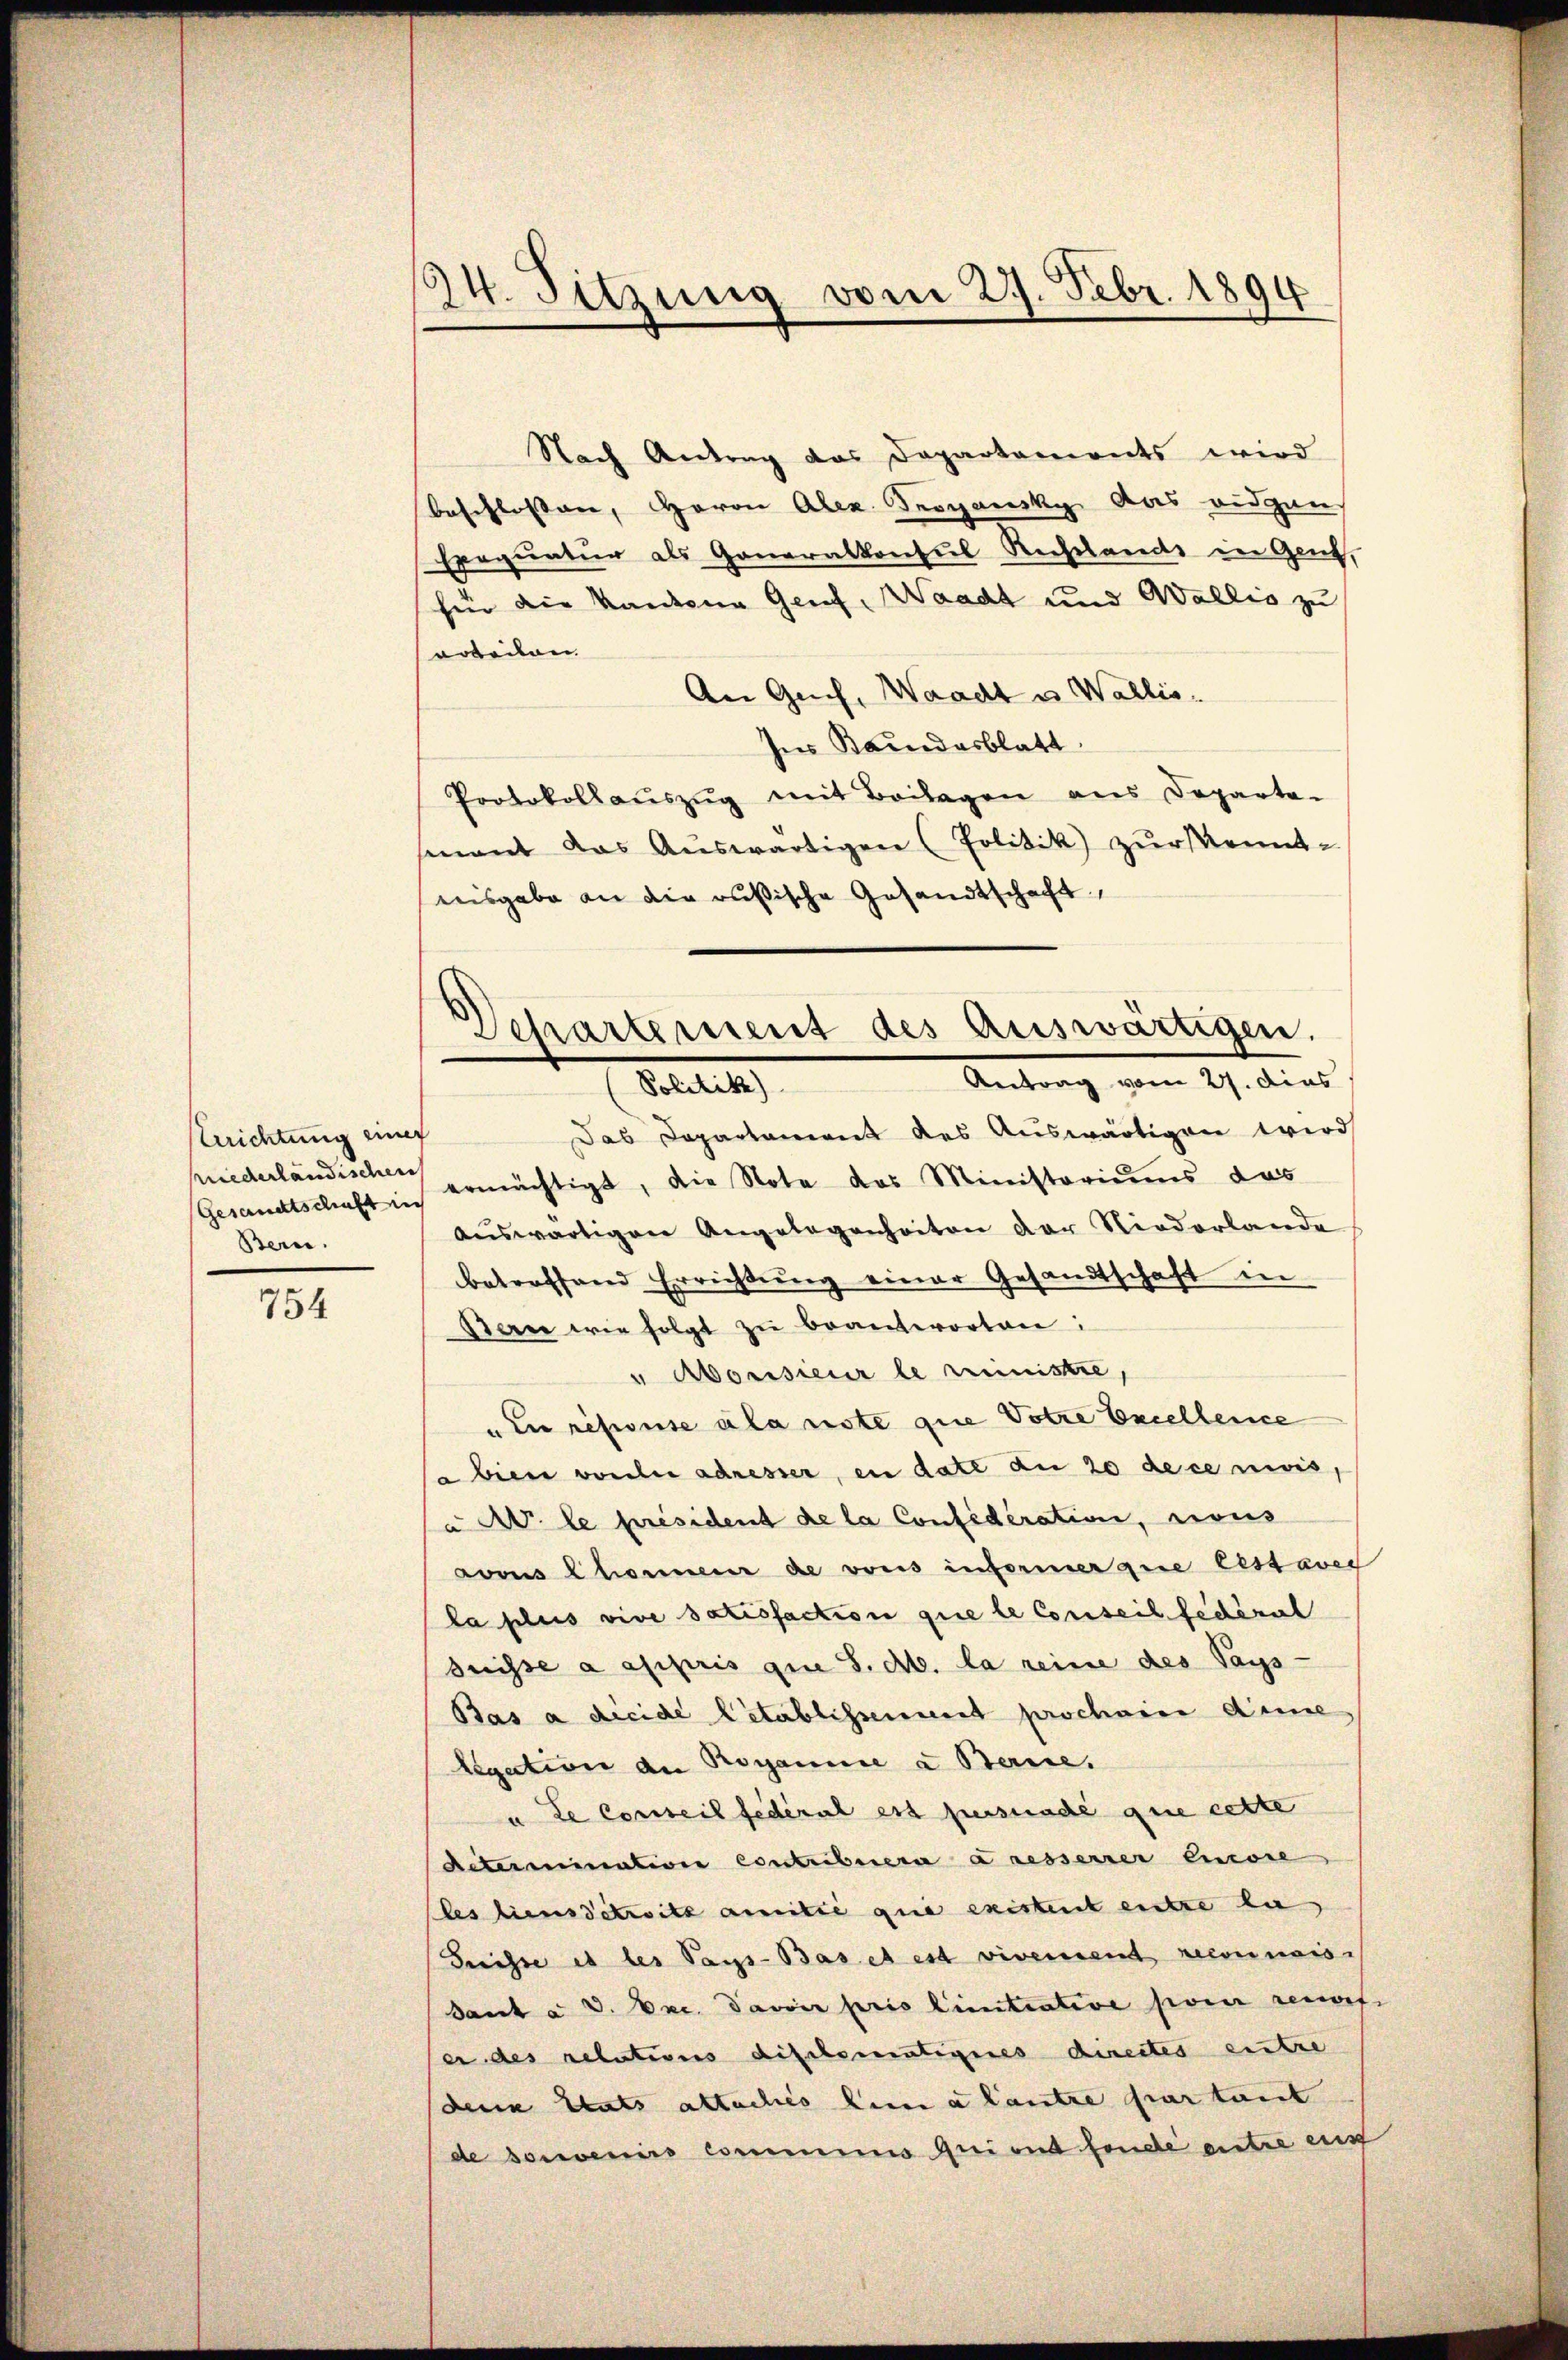
Errichtung einer
niederländischen
Bern.

754

24. Sitzung vom 27. Febr. 1894

Departement des Auswärtigen.
Antrag vom 29. dies
Statute

Nach Antrag das Departements wird
beschlossen, Herrn Alex. Vergansky das eidgen
Exequatur als Generalkonsul Rechtlands in Gent,
für die Kantone Genf, Waadt und Wallis zu
arbeiten |
An Gech, Waadt u. Wallis.
Ins Bandesblatt
Protokollaŭszŭg mit Beilagen aus Departe-
mant das Aŭswärtigen (Politik zur Kennt-
eisgabe an die rußische Gesandtschaft,
Das Departement des Auswärtigen wird
Gesandtschaft ermächtigt, die Nota das Ministoriums das
aŭswärtigen Angelegenheiten der Niederlande
betreffend Errichtung einer Gesandtschaft in
Stern wie folgt zŭ beantworten:
" Aborisieur le ministre,
"In résionse ala note que Votre Excellence
 bien vorde adresser, en date an 20 de ce nivis,
a a le président de la Considération, nous
vons Chonneur de vons informer que lestaver
la plus vive satisfaction que le Conseil fédéral
Suisse a asipris que s. Ab. la reine des Pays -
Bas a dicide Citablissement prochen Anne
Legation an Roganne u Berice.
u. Le conseil fédéral est pensuadé que cette
Aetermination contribuera a resserrer Encore
les bienstreitz anmitte que existent entre la
Triesse et les Pays-Bas et est vivement reconnais
dant à v. Exc. Davoir pris limitiative pour renof
er des relations dischematigeres directes eintre
denn ents attaches seine lantre par tant
de sonvenis comminis qui ont fonde entre ein